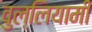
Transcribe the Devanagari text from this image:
वुल्लियामी